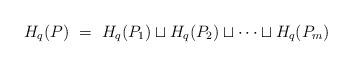
LaTeX: \begin{align*}H_q (P) \ = \ H_q (P_1)\sqcup H_q (P_2)\sqcup \cdots \sqcup H_q (P_m)\end{align*}